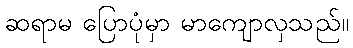
ဆရာမ ပြောပုံမှာ မာကျောလှသည်။